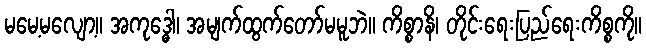
မမေ့မလျော့။ အကုဒ္ဓေါ၊ အမျက်ထွက်တော်မမူဘဲ။ ကိစ္စာနိ၊ တိုင်းရေးပြည်ရေးကိစ္စကို။